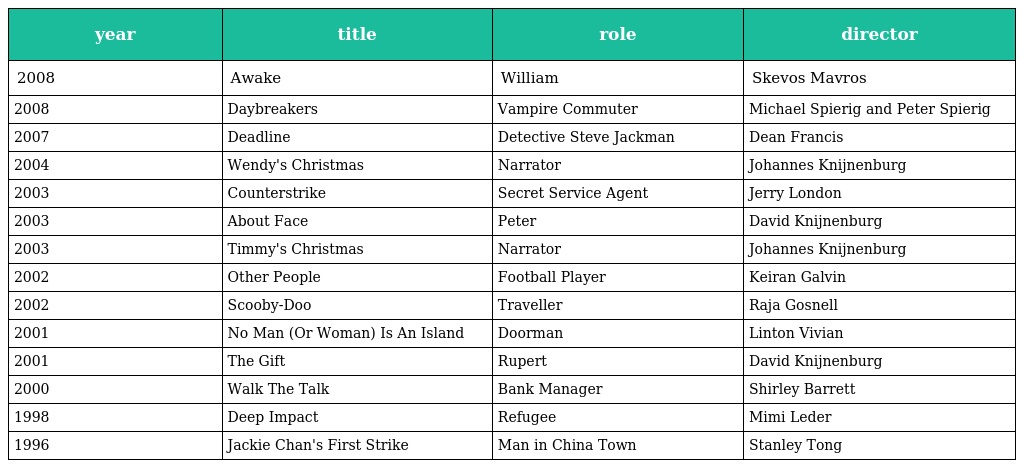
| year | title | role | director |
 | --- | --- | --- | --- |
 | 2008 | Awake | William | Skevos Mavros |
 | 2008 | Daybreakers | Vampire Commuter | Michael Spierig and Peter Spierig |
 | 2007 | Deadline | Detective Steve Jackman | Dean Francis |
 | 2004 | Wendy's Christmas | Narrator | Johannes Knijnenburg |
 | 2003 | Counterstrike | Secret Service Agent | Jerry London |
 | 2003 | About Face | Peter | David Knijnenburg |
 | 2003 | Timmy's Christmas | Narrator | Johannes Knijnenburg |
 | 2002 | Other People | Football Player | Keiran Galvin |
 | 2002 | Scooby-Doo | Traveller | Raja Gosnell |
 | 2001 | No Man (Or Woman) Is An Island | Doorman | Linton Vivian |
 | 2001 | The Gift | Rupert | David Knijnenburg |
 | 2000 | Walk The Talk | Bank Manager | Shirley Barrett |
 | 1998 | Deep Impact | Refugee | Mimi Leder |
 | 1996 | Jackie Chan's First Strike | Man in China Town | Stanley Tong |